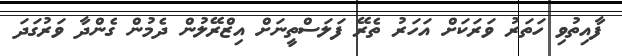
ފާއިތުވި ހަތަރު ވަރަކަށް އަހަރު ތެރޭ ފަލަސްތީނަށް އިޒްރޭލުން ދެމުން ގެންދާ ވަރުގަދަ